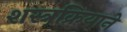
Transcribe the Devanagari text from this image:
शस्त्रक्रियाने